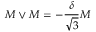
M \vee M = - \frac { \delta } { \sqrt { 3 } } M